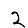
Digit: 2